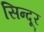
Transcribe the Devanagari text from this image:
सिन्‍दूर